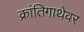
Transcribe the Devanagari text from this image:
क्रांतिगाथेवर